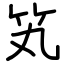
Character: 笂